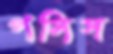
পসিস